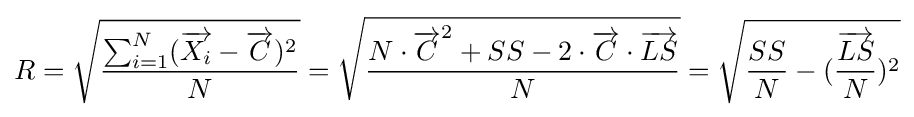
R={\sqrt {\frac {\sum _{i=1}^{N}({\overrightarrow {X_{i}}}-{\overrightarrow {C}})^{2}}{N}}}={\sqrt {\frac {N\cdot {\overrightarrow {C}}^{2}+SS-2\cdot {\overrightarrow {C}}\cdot {\overrightarrow {LS}}}{N}}}={\sqrt {{\frac {SS}{N}}-({\frac {\overrightarrow {LS}}{N}})^{2}}}